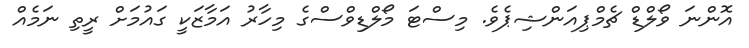
އޮންނަ ވޯލްޑް ޗެމްޕިއަންޝިޕެވެ. މިސްޓަ މޯލްޑިވްސްގެ މިހާރު އަމާޒަކީ ގައުމަށް ރީތި ނަމެއް